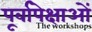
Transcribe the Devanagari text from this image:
पूर्वापेक्षाओं